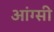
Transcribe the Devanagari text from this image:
आंग्सी